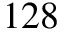
1 2 8